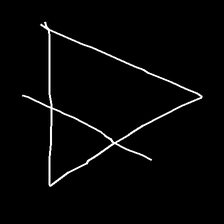
Glyph: empower